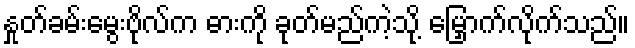
နှုတ်ခမ်းမွေးဗိုလ်က ဓားကို ခုတ်မည်ကဲ့သို့ မြှောက်လိုက်သည်။